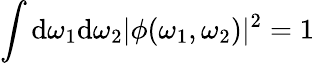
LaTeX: \int\mathrm{d}\omega_{1}\mathrm{d}\omega_{2}|\phi(\omega_{1},\omega_{2})|^{2}=1